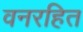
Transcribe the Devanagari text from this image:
वनरहित